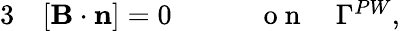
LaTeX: \begin{array}{rlr}{{3}}&{{}[{\mathbf B}\cdot\mathbf{n}]=0\qquad}&{\mathrm{~o~n~}\quad\Gamma^{PW},}\end{array}